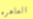
العاهره